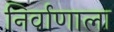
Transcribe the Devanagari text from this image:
निर्वाणाला